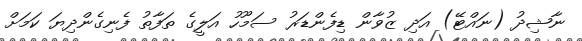
ނާޝިދު (ނައްޓޭ) އަދި ޒުވާން ޑިފެންޑަރު ސަމޫހު އަލީގެ ތަފާތު ފެނިގެންދިޔަ ކަމަށް